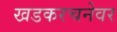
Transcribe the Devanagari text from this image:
खडकरचनेवर